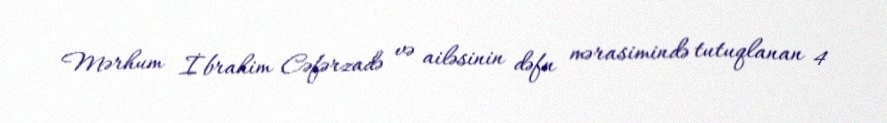
Mərhum İbrahim Cəfərzadə və ailəsinin dəfn mərasimində tutuqlanan 4